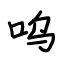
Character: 呜